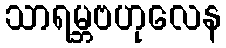
သာရမ္ဘဗဟုလေန